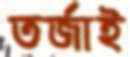
তর্জাই